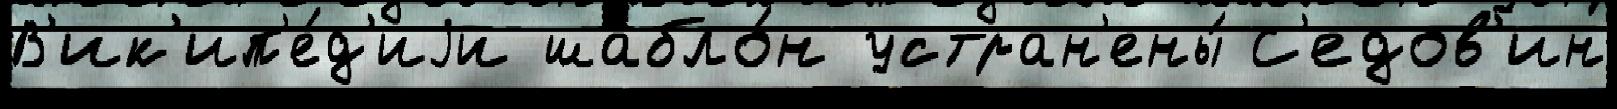
В'ик'ип'е́д'иjи шабло́н устран'ены́ С'едов'ин